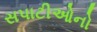
સપાટીઓનો